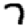
Digit: 7